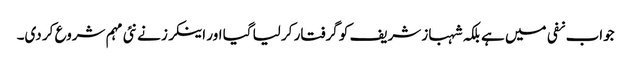
جواب نفی میں ہے بلکہ شہباز شریف کو گرفتار کر لیا گیا اور اینکرز نے نئی مہم شروع کر دی۔